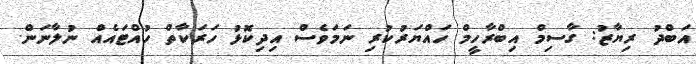
އަބްދު ރިޔާޒު: ގާސިމް އިބްރާހީމް ހައްޔަރުކުރި ނަމަވެސް އިދިކޮޅު ހަރަކާތް ހުއްޓައެއް ނުލާނަން.